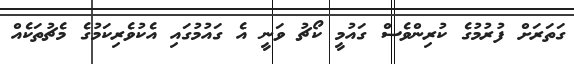
ގަތަރަށް ފުރުމުގެ ކުރިންވެސް ގައުމީ ކޯޗު ވަނީ އެ ގައުމުގައި އެކުވެރިކަމުގެ މެޗުތަކެއް